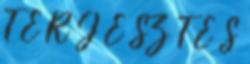
T E R J E SZ T É S